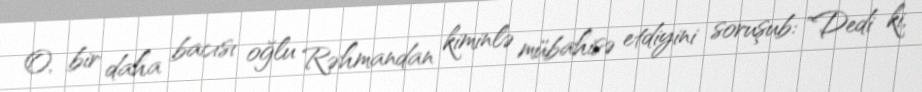
O, bir daha bacısı oğlu Rəhmandan kiminlə mübahisə etdiyini soruşub: "Dedi ki,